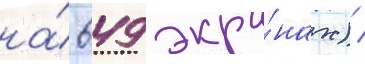
на́ 649 экра́нах) /